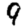
Digit: 9